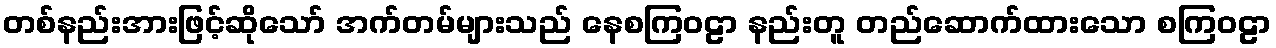
တစ်နည်းအားဖြင့်ဆိုသော် အက်တမ်များသည် နေစကြဝဠာ နည်းတူ တည်ဆောက်ထားသော စကြဝဠာ